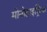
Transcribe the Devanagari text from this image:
मोनोहाइड्रिक